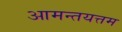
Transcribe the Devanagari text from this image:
आमन्तयत्तम